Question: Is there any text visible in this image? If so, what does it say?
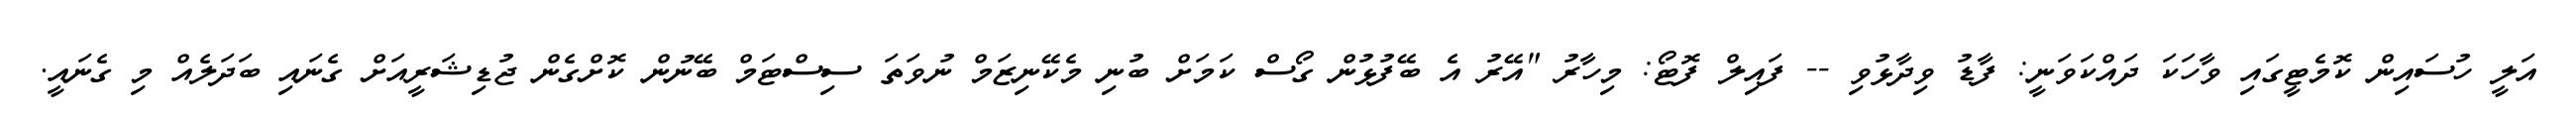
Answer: އަލީ ހުސައިން ކޮމެޓީގައި ވާހަކަ ދައްކަވަނީ: ފާޑު ވިދާޅުވި -- ފައިލް ފޮޓޯ: މިހާރު "އޭރު އެ ބޭފުޅުން ގޯސް ކަމަށް ބުނި މެކޭނިޒަމް ނުވަތަ ސިސްޓަމް ބޭނުން ކޮށްގެން ޖުޑިޝަރީއަށް ގެނައި ބަދަލެއް މި ގެނައީ.